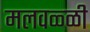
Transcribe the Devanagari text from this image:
मलवळ्ळी